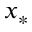
x _ { * }